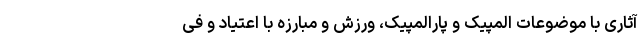
آثاری با موضوعات المپیک و پارالمپیک، ورزش و مبارزه با اعتیاد و فی